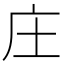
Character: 庄